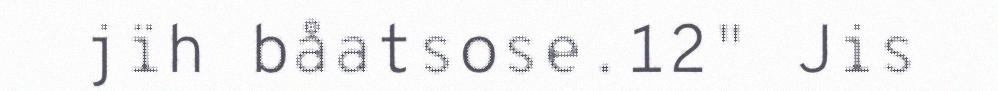
jïh båatsose.12" Jis